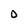
Character: O